Kolga_vallavalitsus, lk 38
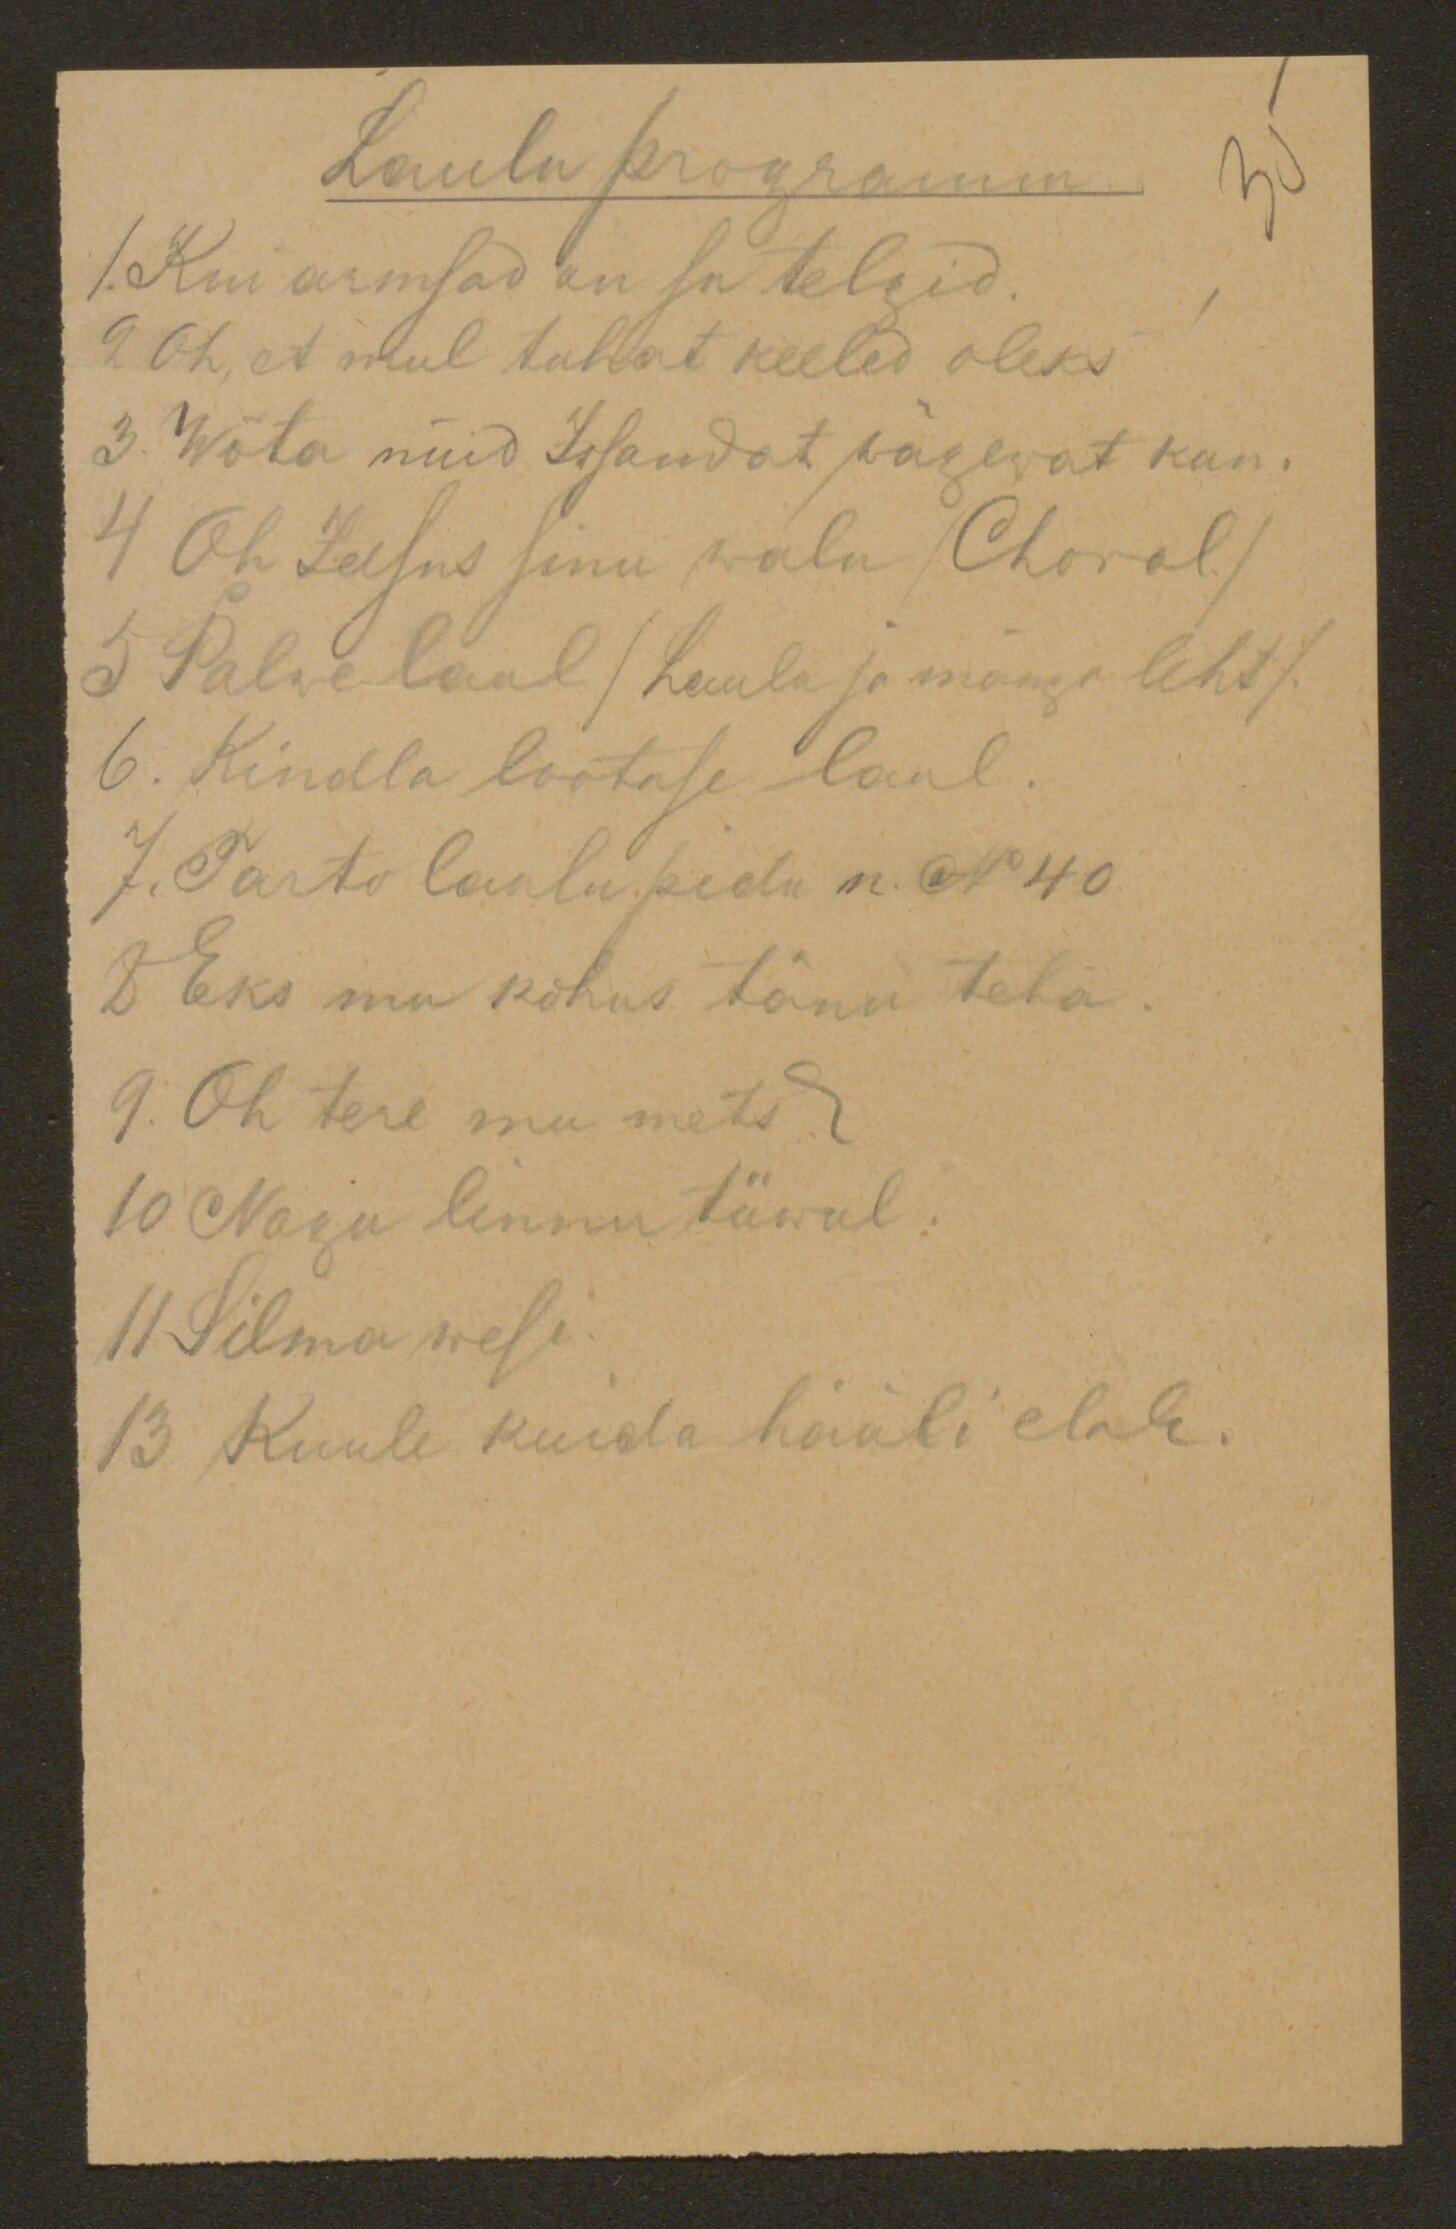
Laulu programm.
35
1. Kui armsad on su telgid.
2 Oh, et mul tuhtat keeled oleks!
3. Wõta nüid Issandat wägewat kan.
4 Oh Jeesus sinu walu /Choral./
5 Palwe laul /Laulu ja mängu leht/.
6. Kindla lootuse laul.
7. Tarto laulupidu n. N40
8 Eks mu kohus tänu teha.
9. Oh tere mu mets.
10 Nagu linnu tiiwul.
11 Silma wesi.
13 Kuule kuida hääli elab.